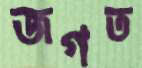
জগত